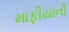
માફીયાની